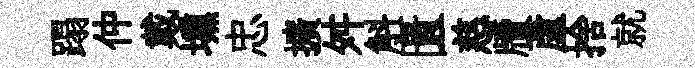
蹋仲戴壎忠擴舛斛匱慈牘蘆捨就